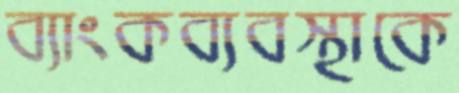
ব্যাংকব্যবস্থাকে